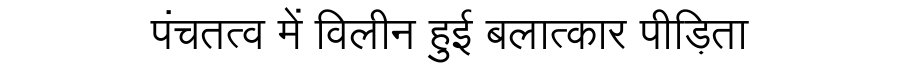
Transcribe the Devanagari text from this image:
पंचतत्व में विलीन हुई बलात्कार पीड़िता